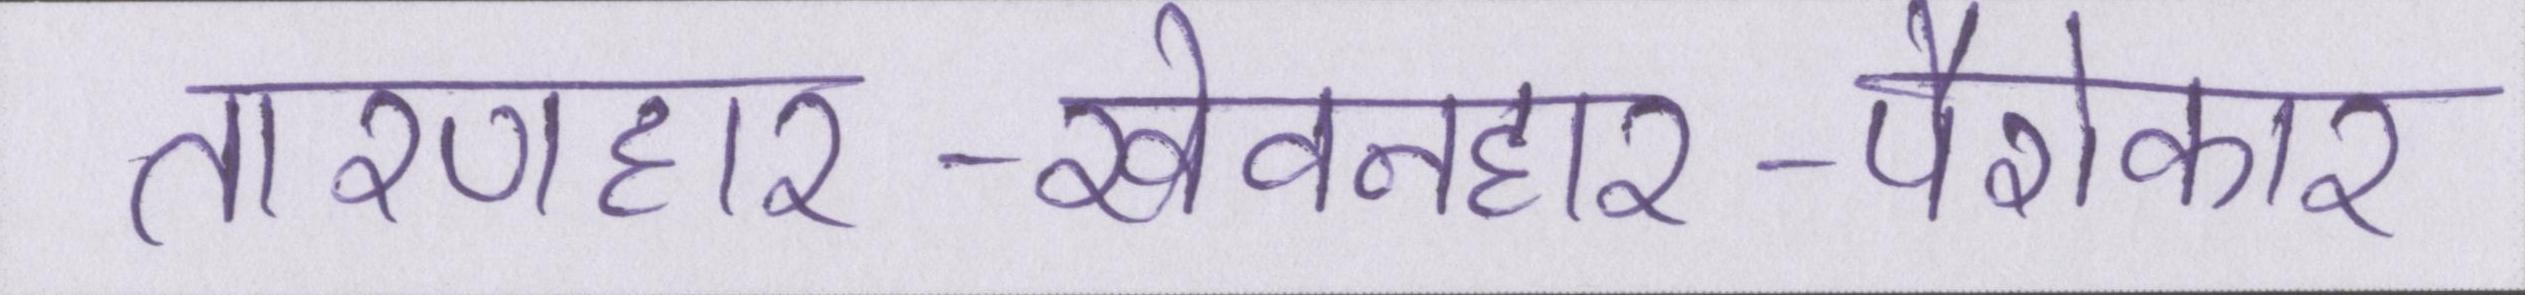
तारणहार-खेवनहार-पैरोकार